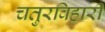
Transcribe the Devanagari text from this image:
चतुरविहारी